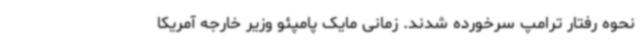
نحوه رفتار ترامپ سرخورده شدند. زمانی مایک پامپئو وزیر خارجه آمریکا